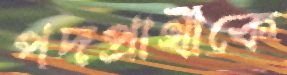
পদপ্রার্থীকে